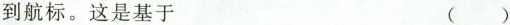
到航标。这是基于 ()